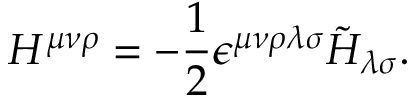
H ^ { \mu \nu \rho } = - { \frac { 1 } { 2 } } \epsilon ^ { \mu \nu \rho \lambda \sigma } \tilde { H } _ { \lambda \sigma } .